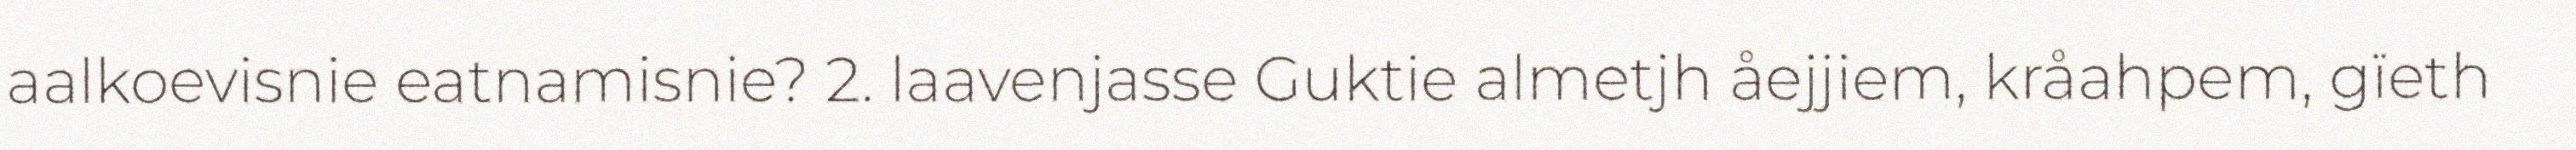
aalkoevisnie eatnamisnie? 2. laavenjasse Guktie almetjh åejjiem, kråahpem, gïeth